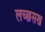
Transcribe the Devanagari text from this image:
लच्छसख